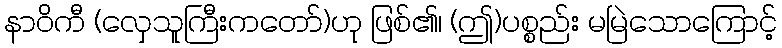
နာဝိကီ (လှေသူကြီးကတော်)ဟု ဖြစ်၏၊ (ဤ)ပစ္စည်း မမြဲသောကြောင့်